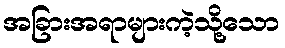
အခြားအရာများကဲ့သို့သော